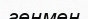
генмен